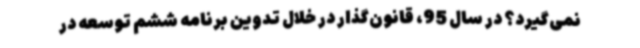
نمی‌گیرد؟ در سال 95، قانون‌گذار در خلال تدوین برنامه ششم توسعه در